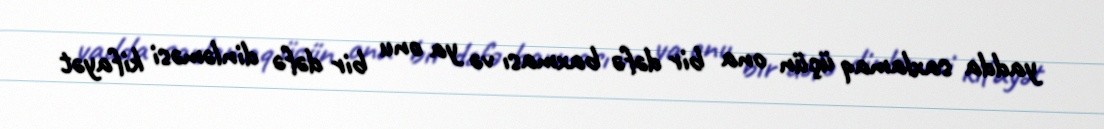
yadda saxlamaq üçün ona bir dəfə baxması və ya onu bir dəfə dinləməsi kifayət